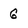
Character: g